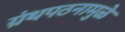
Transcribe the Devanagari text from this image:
ग्रंथपठनामुळे